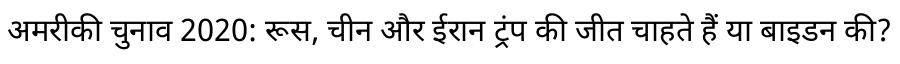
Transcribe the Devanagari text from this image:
अमरीकी चुनाव 2020: रूस, चीन और ईरान ट्रंप की जीत चाहते हैं या बाइडन की?